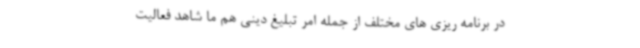
در برنامه ریزی های مختلف از جمله امر تبلیغ دینی هم ما شاهد فعالیت